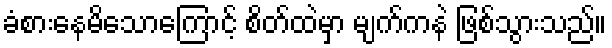
ခံစားနေမိသောကြောင့် စိတ်ထဲမှာ မျက်ကနဲ ဖြစ်သွားသည်။